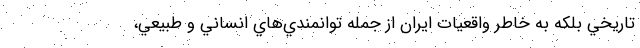
تاريخي بلكه به خاطر واقعيات ايران از جمله توانمندي‌هاي انساني و طبيعي،